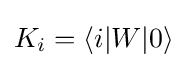
K_{i}=\langle i\vert W\vert 0\rangle